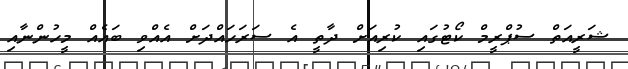
ޝަރީއަތް ސުޕްރީމް ކޯޓުގައި ކުރިއަށް ދާތީ އެ ސަރަހައްދަށް އެއްވި ބައެއް މީހުންނާއި